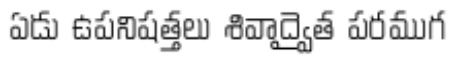
ఏడు ఉపనిషత్తలు శివాద్వైత పరముగ